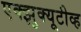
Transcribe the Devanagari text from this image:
एक्झुक्यूटीव्ह